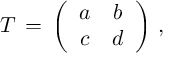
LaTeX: T \, = \, \left( \begin{array} { c c } { { a } } & { { b } } \\ { { c } } & { { d } } \end{array} \right) \, ,